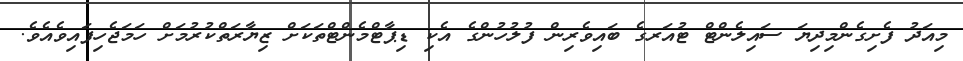
މިއަދު ފެށިގެންމިދިޔަ ސައިލެންޓް ޓުއަރގެ ބައިވެރިން ފުލުހުންގެ އެކި ޑިޕާޓްމެންޓްތަކަށް ޒިޔާރަތްކުރުމަށް ހަމަޖެހިފައިވެއެވެ.